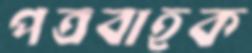
পত্রবাহক